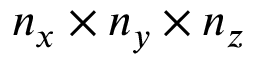
n _ { x } \times n _ { y } \times n _ { z }